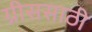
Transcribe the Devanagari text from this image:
ग्रीससाठी